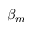
\beta _ { m }